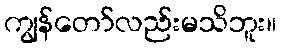
ကျွန်တော်လည်းမသိဘူး။